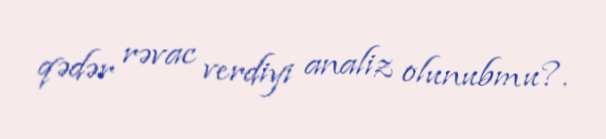
qədər rəvac verdiyi analiz olunubmu?.